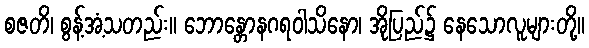
စဇတိ၊ စွန့်အံ့သတည်း။ ဘောန္တောနဂရဝါသိနော၊ အိုပြည်၌ နေသောလူများတို့။